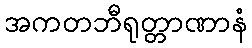
အကတဘီရုတ္တာဏာနံ